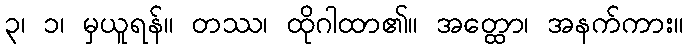
၃၊ ၁၊ မှယူရန်။ တဿ၊ ထိုဂါထာ၏။ အတ္ထော၊ အနက်ကား။